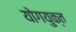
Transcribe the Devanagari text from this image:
योगयुक्त